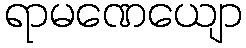
ရာမဏေယျော